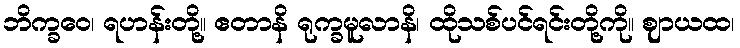
ဘိက္ခဝေ၊ ရဟန်းတို့။ ဧတာနိ ရုက္ခမူလာနိ၊ ထိုသစ်ပင်ရင်းတို့ကို။ ဈာယထ၊